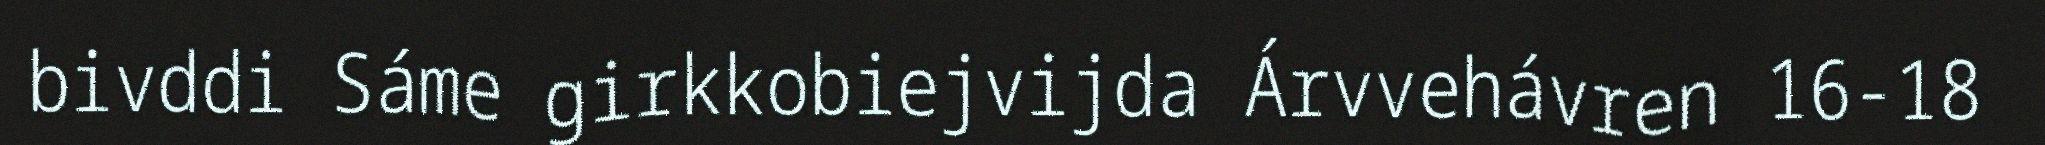
bivddi Sáme girkkobiejvijda Árvvehávren 16-18